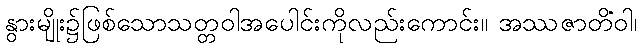
နွားမျိုး၌ဖြစ်သောသတ္တဝါအပေါင်းကိုလည်းကောင်း။ အဿဇာတိံဝါ၊